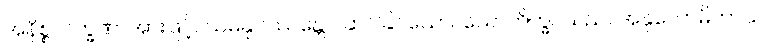
အနိစ္စလက္ခဏာအားဖြင့်။ သမနုပဿန္တော၊ ဆင်ခြင်သော။ သောဘိက္ခု၊ သည်။ အနုလောမိကာယ၊